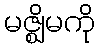
မဇ္ဈိမကို